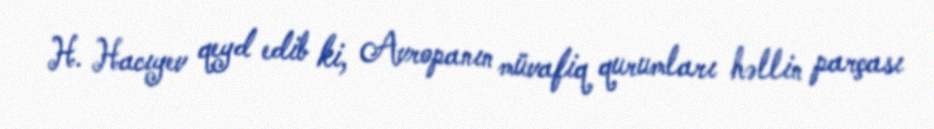
H. Hacıyev qeyd edib ki, Avropanın müvafiq qurumları həllin parçası